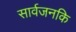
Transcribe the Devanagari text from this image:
सार्वजनकि